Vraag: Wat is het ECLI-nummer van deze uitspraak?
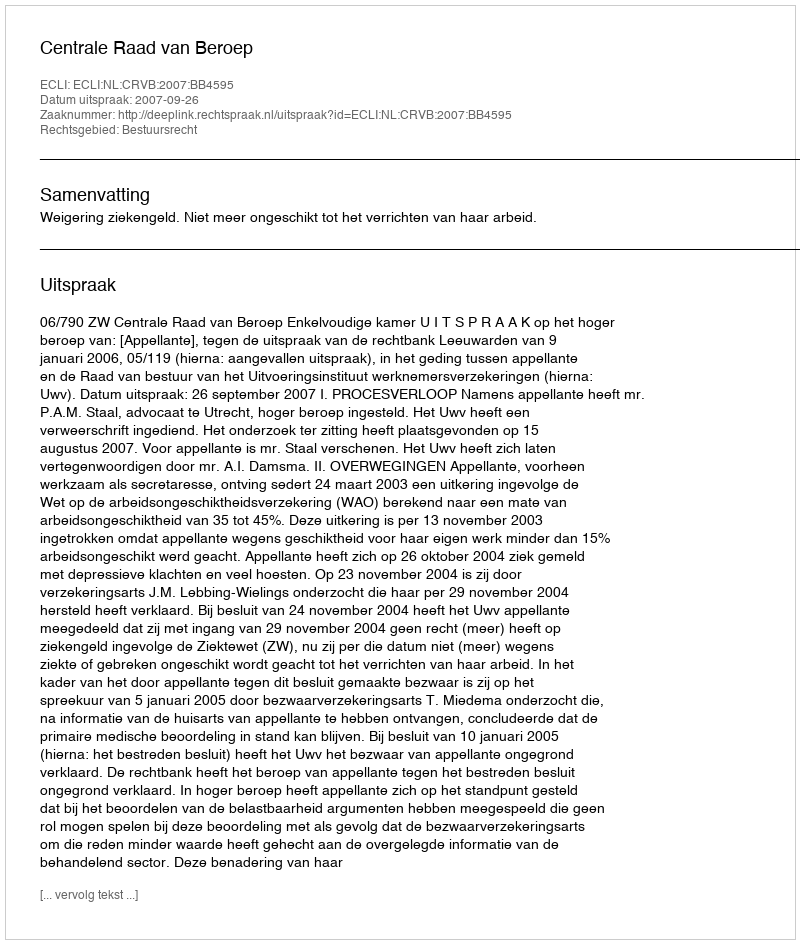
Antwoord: ECLI:NL:CRVB:2007:BB4595